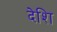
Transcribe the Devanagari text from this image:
देशि